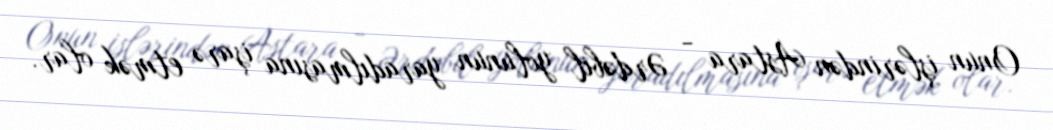
Onun işlərindən Astara - Ərdəbil yolunun yaradılmasına işarə etmək olar.